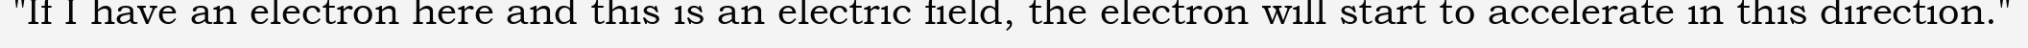
"If I have an electron here and this is an electric field, the electron will start to accelerate in this direction."